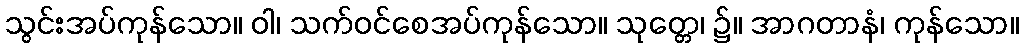
သွင်းအပ်ကုန်သော။ ဝါ၊ သက်ဝင်စေအပ်ကုန်သော။ သုတ္တေ၊ ၌။ အာဂတာနံ၊ ကုန်သော။